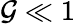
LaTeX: \mathcal{G}\ll1